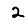
Digit: 2